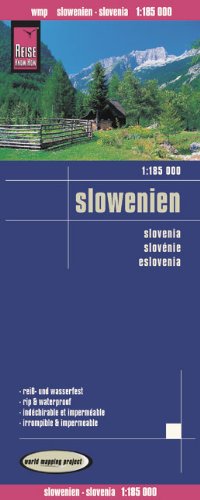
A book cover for Slovenia Travel Map.; Reise Know-How; Travel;